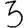
Digit: 3